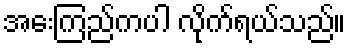
အေးကြည်ကပါ လိုက်ရယ်သည်။